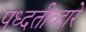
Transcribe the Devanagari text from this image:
पध्दतीव्दारे